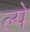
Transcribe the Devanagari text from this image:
ल्पे